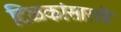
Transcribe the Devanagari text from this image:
टिळकांसारखे